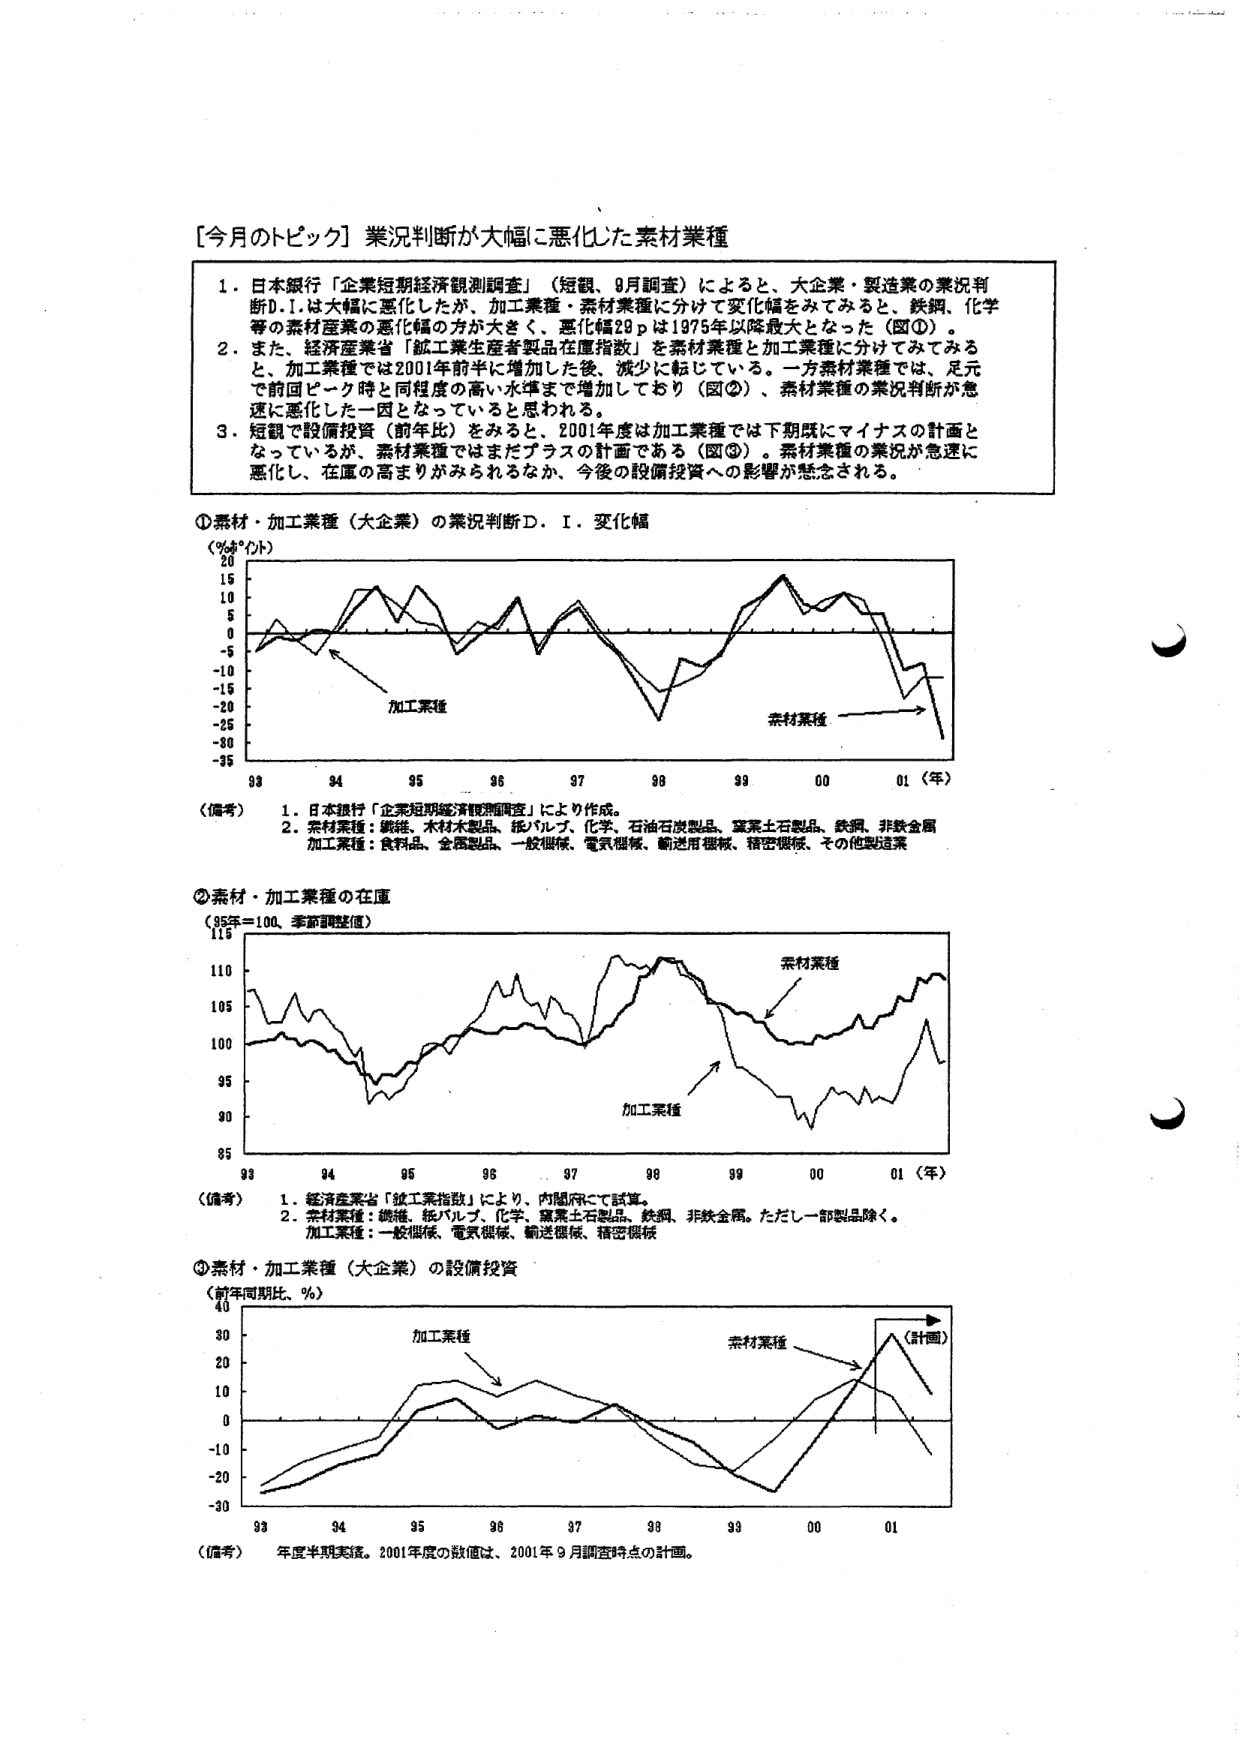
[今月のトピック] 業況判断が大幅に悪化した素材業種

1. 日本銀行「企業短期経済観測調査」（短観、9月調査）によると、大企業・製造業の業況判断D.I.は大幅に悪化したが、加工業種・素材業種に分けて変化幅をみてみると、鉄鋼、化学等の素材産業の悪化幅の方が大きく、悪化幅20ｐは1975年以降最大となった（図①）。
2. また、経済産業省「加工業生産者製品在庫指数」を素材業種と加工業種に分けてみてみると、加工業種では2001年前半に増加した後、減少に転じている。一方素材業種では、足元で前回ピーク時と同程度の高い水準まで増加しており（図②）、素材業種の業況判断が急速に悪化した一因となっていると思われる。
3. 短観で設備投資（前年比）をみると、2001年度は加工業種では下期既にマイナスの計画となっているが、素材業種ではまだプラスの計画である（図③）。素材業種の業況が急速に悪化し、在庫の高まりがみられるなか、今後の設備投資への影響が懸念される。

①素材・加工業種（大企業）の業況判断D.I. 変化幅
（％ポイント）
20
15
10
5
0
-5
-10
-15
-20
-25
-30
-35
93 94 95 96 97 98 99 00 01（年）
加工業種
素材業種

（備考）
1. 日本銀行「企業短期経済観測調査」により作成。
2. 素材業種：繊維、木材木製品、紙パルプ、化学、石油石炭製品、窯業土石製品、鉄鋼、非鉄金属
加工業種：食料品、金属製品、一般機械、電気機械、輸送用機械、精密機械、その他製造業

②素材・加工業種の在庫
（95年＝100、季節調整値）
115
110
105
100
95
90
85
93 94 95 96 97 98 99 00 01（年）
素材業種
加工業種

（備考）
1. 経済産業省「加工業指数」により、内閣府にて試算。
2. 素材業種：繊維、紙パルプ、化学、窯業土石製品、鉄鋼、非鉄金属。ただし一部製品除く。
加工業種：一般機械、電気機械、輸送機械、精密機械

③素材・加工業種（大企業）の設備投資
（前年同期比、％）
40
30
20
10
0
-10
-20
-30
93 94 95 96 97 98 99 00 01
加工業種
素材業種
（計画）

（備考） 年度半期実績。2001年度の数値は、2001年9月調査時点の計画。